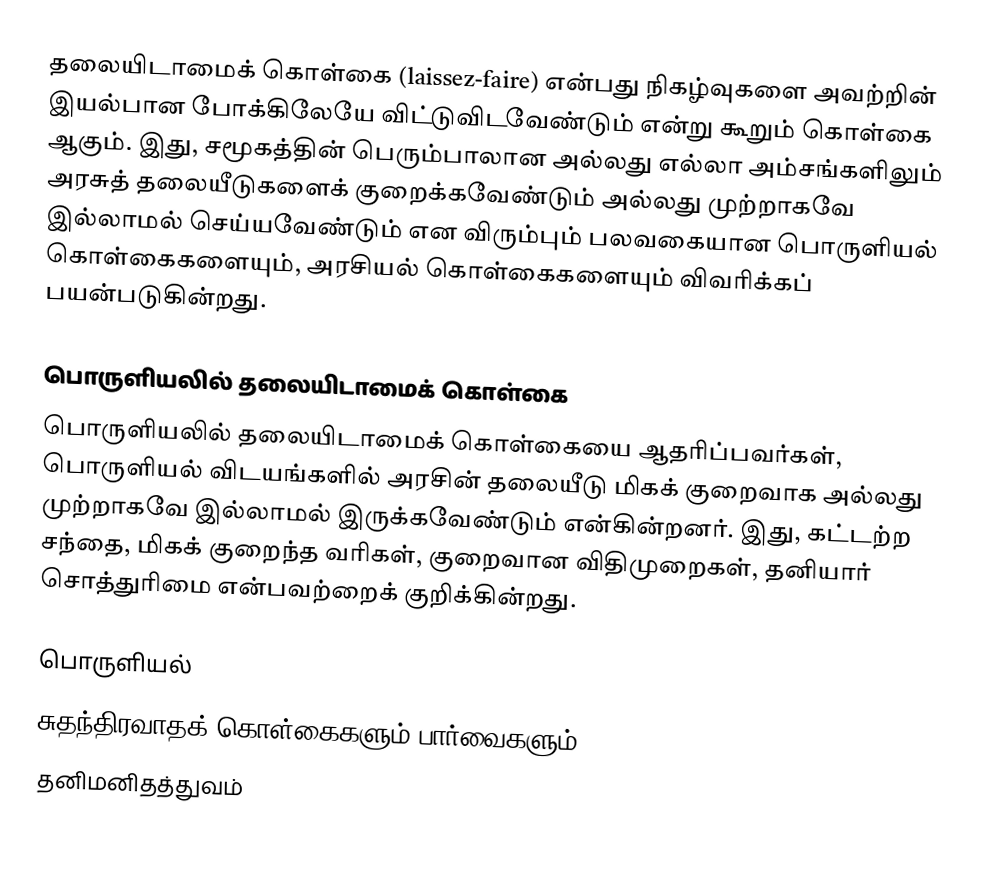
தலையிடாமைக் கொள்கை (laissez-faire) என்பது நிகழ்வுகளை அவற்றின் இயல்பான போக்கிலேயே விட்டுவிடவேண்டும் என்று கூறும் கொள்கை ஆகும். இது, சமூகத்தின் பெரும்பாலான அல்லது எல்லா அம்சங்களிலும் அரசுத் தலையீடுகளைக் குறைக்கவேண்டும் அல்லது முற்றாகவே இல்லாமல் செய்யவேண்டும் என விரும்பும் பலவகையான பொருளியல் கொள்கைகளையும், அரசியல் கொள்கைகளையும் விவரிக்கப் பயன்படுகின்றது.

பொருளியலில் தலையிடாமைக் கொள்கை
பொருளியலில் தலையிடாமைக் கொள்கையை ஆதரிப்பவர்கள், பொருளியல் விடயங்களில் அரசின் தலையீடு மிகக் குறைவாக அல்லது முற்றாகவே இல்லாமல் இருக்கவேண்டும் என்கின்றனர். இது, கட்டற்ற சந்தை, மிகக் குறைந்த வரிகள், குறைவான விதிமுறைகள், தனியார் சொத்துரிமை என்பவற்றைக் குறிக்கின்றது.

பொருளியல்
சுதந்திரவாதக் கொள்கைகளும் பார்வைகளும்
தனிமனிதத்துவம்